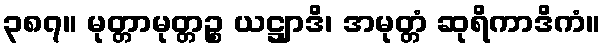
၃၈၇။ မုတ္တာမုတ္တဉ္စ ယဋ္ဌျာဒိ၊ အမုတ္တံ ဆုရိကာဒိကံ။